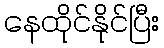
နေထိုင်နိုင်ပြီး